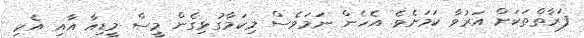
ފަރާތްތަކަށް އަރުވާ ކަމަށެވެ. އެހެން ނަމަވެސް މިކަމާގުޅިގެން މީސް މީޑިއާ އާއި އެކި